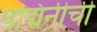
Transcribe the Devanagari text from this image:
पद्मिनीची